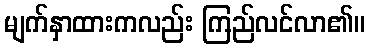
မျက်နှာထားကလည်း ကြည်လင်လာ၏။